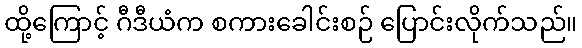
ထို့ကြောင့် ဂီဒီယံက စကားခေါင်းစဉ် ပြောင်းလိုက်သည်။